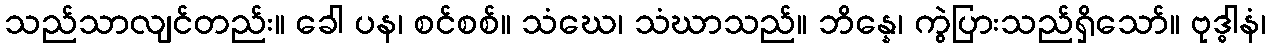
သည်သာလျင်တည်း။ ခေါ ပန၊ စင်စစ်။ သံဃေ၊ သံဃာသည်။ ဘိန္နေ၊ ကွဲပြားသည်ရှိသော်။ ဗုဒ္ဓါနံ၊